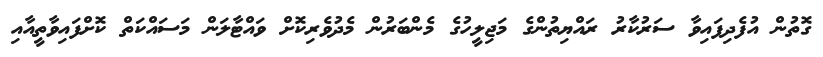
ގޮތުން އުފެދިފައިވާ ސަރުކާރު ރައްޔިތުންގެ މަޖިލީހުގެ މެންބަރުން މެދުވެރިކޮށް ވައްޓާލަން މަސައްކަތް ކޮށްފައިވާތީއާއި